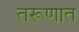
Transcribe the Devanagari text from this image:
तरूणात